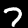
Label: 7